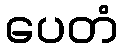
ပေတံ